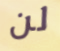
لن